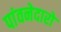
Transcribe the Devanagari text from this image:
पांवनेदारों